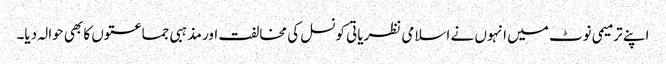
اپنے ترمیمی نوٹ میں انہوں نے اسلامی نظریاتی کونسل کی مخالفت اور مذہبی جماعتوں کا بھی حوالہ دیا۔